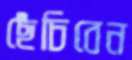
ছেঁচিবেন